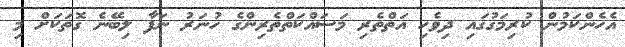
އެހެންކަމުން ކުރިމަގުގައި ދިވެހި އަތްތެރި މަސައްކަތްތެރިންގެ ހުނަރު ނަފާ ލިބޭނެ ގޮތަކަށް މި